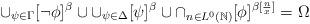
LaTeX: \begin{align*}\cup_{\psi\in \Gamma} [\neg \phi]^{\beta} \cup \cup_{\psi\in \Delta} [\psi]^{\beta}\cup \cap_{n\in L^0(\mathbb{N})}[\phi]^{\beta[\frac{n}{x}]}=\Omega\end{align*}